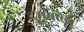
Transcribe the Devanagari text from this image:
दुमवाला